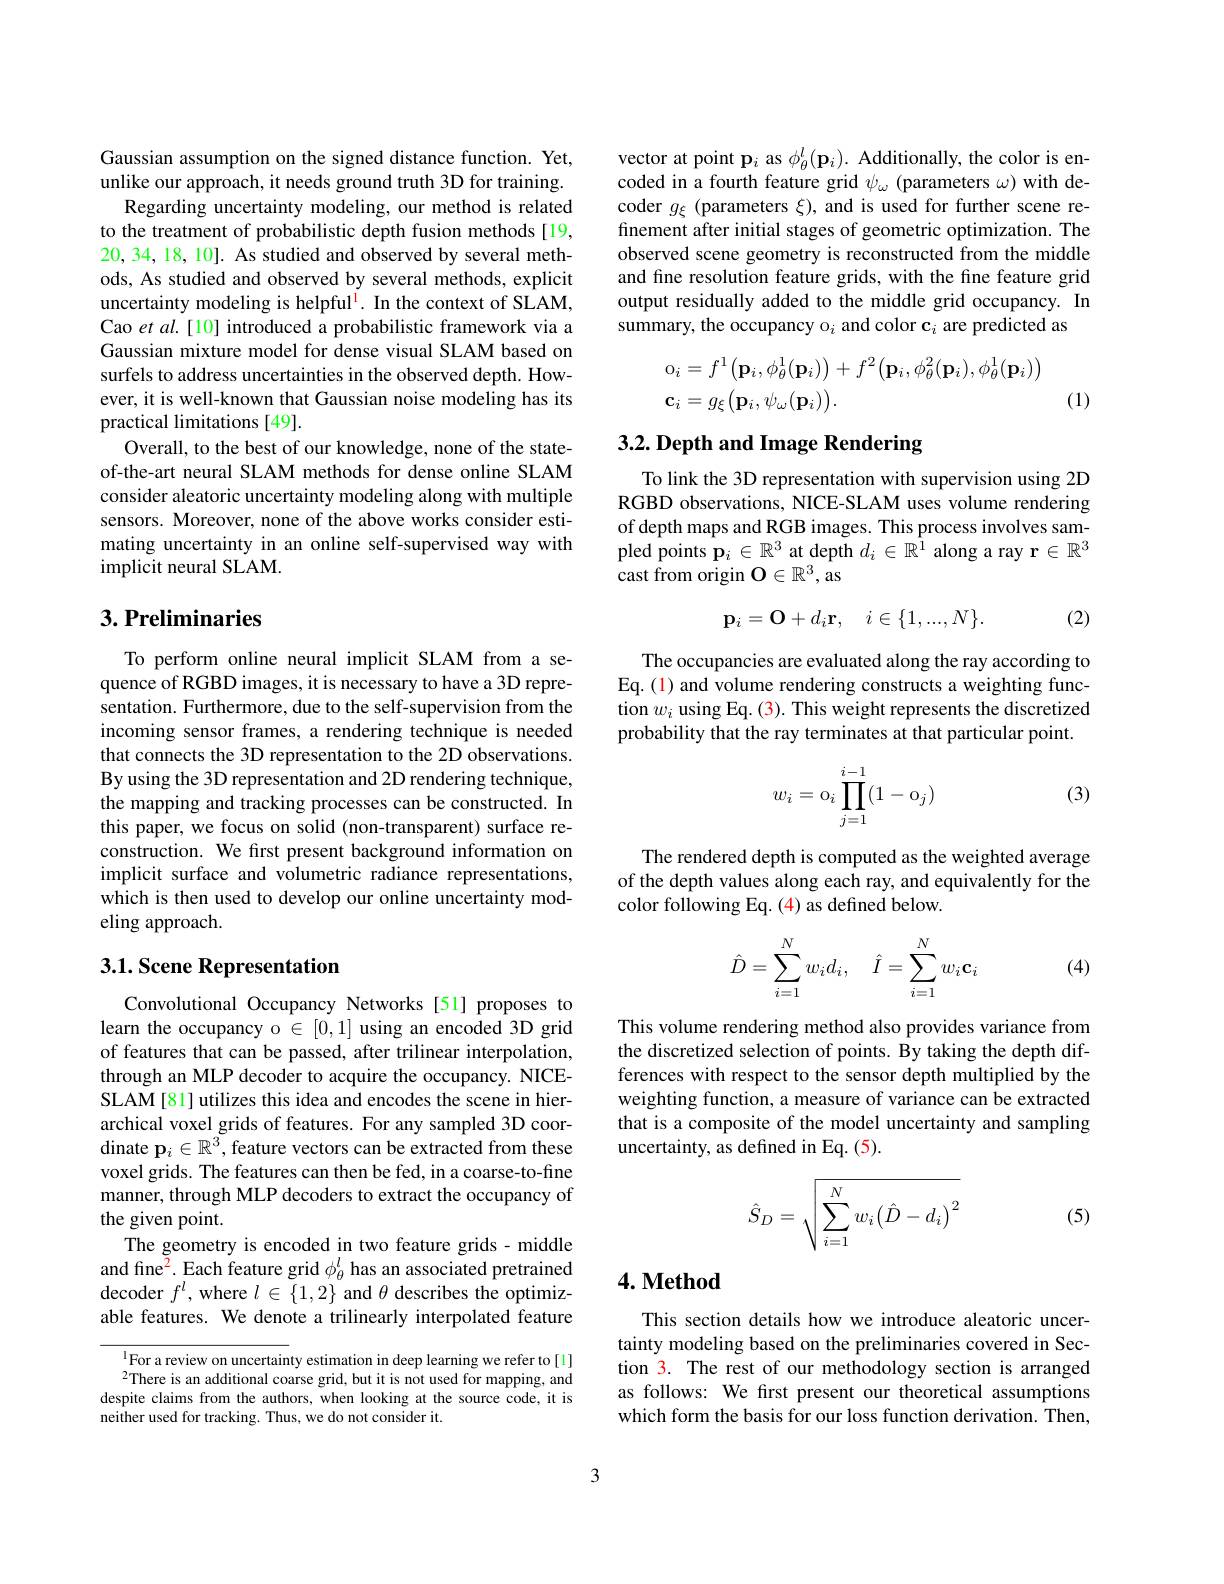
Gaussian assumption on the signed distance function. Yet, unlike our approach, it needs ground truth 3D for training.
Regarding uncertainty modeling, our method is related to the treatment of probabilistic depth fusion methods[19, 20,34,18,10]. As studied and observed by several methods, As studied and observed by several methods, explicit uncertainty modeling is helpful$^{\mathrm{l}}.$ In the context of SLAM, Cao et al.[10] introduced a probabilistic framework via a Gaussian mixture model for dense visual SLAM based on surfels to address uncertainties in the observed depth. However, it is well-known that Gaussian noise modeling has its practical limitations [49].
Overall, to the best of our knowledge, none of the stateof-the-art neural SLAM methods for dense online SLAM consider aleatoric uncertainty modeling along with multiple sensors. Moreover, none of the above works consider estimating uncertainty in an online self-supervised way with implicit neural SLAM.

## $3. \textbf{Preliminaries}$

To perform online neural implicit SLAM from a sequence of RGBD images, it is necessary to have a 3D representation. Furthermore, due to the self-supervision from the incoming sensor frames, a rendering technique is needed that connects the 3D representation to the 2D observations. By using the 3D representation and 2D rendering technique, the mapping and tracking processes can be constructed. In this paper, we focus on solid (non-transparent) surface reconstruction. We first present background information on implicit surface and volumetric radiance representations, which is then used to develop our online uncertainty modeling approach.

## 3.1. Scene Representation

Convolutional Occupancy Networks [51] proposes to learn the occupancy o $\in[0,1]$ using an encoded 3D grid of features that can be passed, after trilinear interpolation, through an MLP decoder to acquire the occupancy. NICESLAM[81] utilizes this idea and encodes the scene in hierarchical voxel grids of features. For any sampled 3D coordinate $\mathbf{p}_i\in\mathbb{R}^3$,feature vectors can be extracted from these voxel grids. The features can then be fed, in a coarse-to-fine manner, through MLP decoders to extract the occupancy of the given point.
The geometry is encoded in two feature grids- middle and fine$^{2}$.Each feature grid $\phi_\theta^l$ has an associated pretrained decoder $f^l$, where $l\in\{1,2\}$ and $\theta$ describes the optimizable features. We denote a trilinearly interpolated feature

$^{1}$For a review on uncertainty estimation in deep learning we refer to[1] $^{2}$There is an additional coarse grid, but it is not used for mapping, and
despite claims from the authors, when looking at the source code, it is
neither used for tracking. Thus, we do not consider it.

vector at point $\mathbf{p}_i$ as $\phi_\theta^l(\mathbf{p}_i).$ Additionally, the color is encoded in a fourth feature grid $\psi_\omega$ (parameters $\omega)$ with decoder $g_\xi$ (parameters $\xi)$, and is used for further scene refinement after initial stages of geometric optimization. The observed scene geometry is reconstructed from the middle and fine resolution feature grids, with the fine feature grid output residually added to the middle grid occupancy. In summary, the occupancy o$_i$ and color c$_i$ are predicted as
$$\begin{aligned}&\mathrm{o}_{i}=f^{1}\big(\mathbf{p}_{i},\phi_{\theta}^{1}(\mathbf{p}_{i})\big)+f^{2}\big(\mathbf{p}_{i},\phi_{\theta}^{2}(\mathbf{p}_{i}),\phi_{\theta}^{1}(\mathbf{p}_{i})\big)\\&\mathbf{c}_{i}=g_{\xi}\big(\mathbf{p}_{i},\psi_{\omega}(\mathbf{p}_{i})\big).\end{aligned}$$
(1)

# $3. 2. \textbf{ Depth and Image Rendering}$

To link the 3D representation with supervision using 2D RGBD observations, NICE-SLAM uses volume rendering of depth maps and RGB images. This process involves sampled points $\mathbf{p}_i\in\mathbb{R}^3$ at depth $d_i\in\hat{\mathbb{R}^1}$ along a ray r$\in\mathbb{R}^3$ $\operatorname{cast}$from origin $\mathbf{O}\in\mathbb{R}^3$, as
$$\mathbf{p}_{i}=\mathbf{O}+d_{i}\mathbf{r},\quad i\in\{1,...,N\}.$$
(2)

The occupancies are evaluated along the ray according to Eq. (1) and volume rendering constructs a weighting function $w_i$ using Eq. (3). This weight represents the discretized probability that the ray terminates at that particular point.
$$w_i=\mathrm o_i\prod_{j=1}^{i-1}(1-\mathrm o_j)$$
(3)

The rendered depth is computed as the weighted average of the depth values along each ray, and equivalently for the color following Eq. (4) as defined below.
$$\hat{D}=\sum_{i=1}^Nw_id_i,\quad\hat{I}=\sum_{i=1}^Nw_i\mathbf{c}_i$$
(4)

This volume rendering method also provides variance from the discretized selection of points. By taking the depth differences with respect to the sensor depth multiplied by the weighting function, a measure of variance can be extracted that is a composite of the model uncertainty and sampling uncertainty, as defined in Eq. (5).
$$\hat{S}_D=\sqrt{\sum_{i=1}^Nw_i{\left(\hat{D}-d_i\right)}^2}$$
(5)

## $4. \textbf{Method}$

This section details how we introduce aleatoric uncertainty modeling based on the preliminaries covered in Section 3. The rest of our methodology section is arranged as follows: We first present our theoretical assumptions which form the basis for our loss function derivation. Then,

3